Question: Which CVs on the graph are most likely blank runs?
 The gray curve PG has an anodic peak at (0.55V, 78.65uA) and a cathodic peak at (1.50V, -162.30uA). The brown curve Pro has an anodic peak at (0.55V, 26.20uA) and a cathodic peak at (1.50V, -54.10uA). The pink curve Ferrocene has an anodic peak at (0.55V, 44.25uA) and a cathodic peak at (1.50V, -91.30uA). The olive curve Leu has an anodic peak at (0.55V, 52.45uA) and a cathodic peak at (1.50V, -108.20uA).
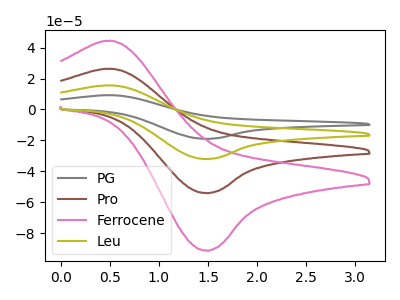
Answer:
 <answer>There are not any CV's on this graph that are likely to be blanks.</answer>
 <eval>none</eval>